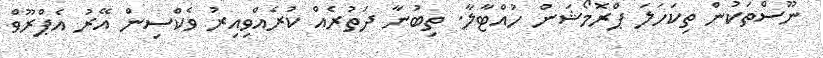
ނޫސްތަކުން ތިކަހަލަ ޕްރޮމޯޝަން ހުއްޓާލާ. ތިބުނާ ދަތުރެއް ކުރެއްވިއިރު ވެކްސިން އޭރު އެޕްރޫވް